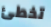
تخطئ